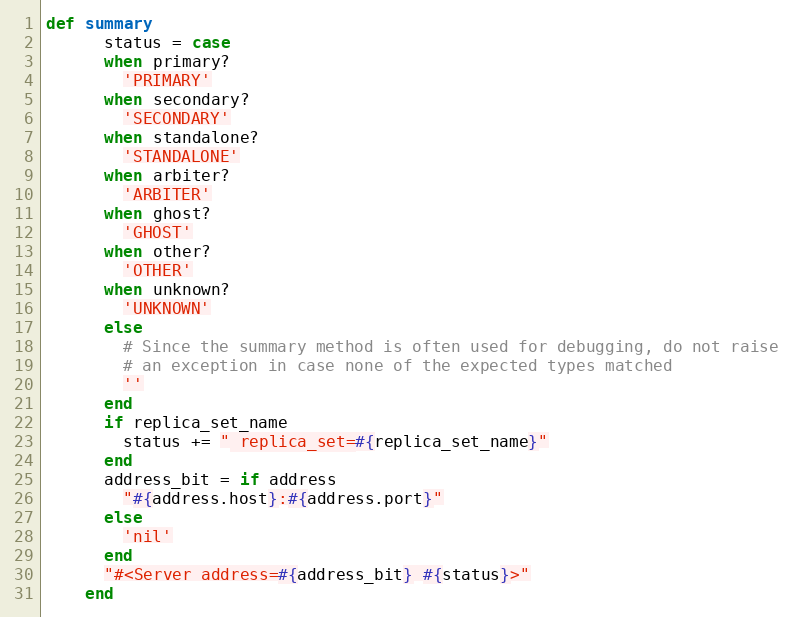
Language: Ruby
def summary
      status = case
      when primary?
        'PRIMARY'
      when secondary?
        'SECONDARY'
      when standalone?
        'STANDALONE'
      when arbiter?
        'ARBITER'
      when ghost?
        'GHOST'
      when other?
        'OTHER'
      when unknown?
        'UNKNOWN'
      else
        # Since the summary method is often used for debugging, do not raise
        # an exception in case none of the expected types matched
        ''
      end
      if replica_set_name
        status += " replica_set=#{replica_set_name}"
      end
      address_bit = if address
        "#{address.host}:#{address.port}"
      else
        'nil'
      end
      "#<Server address=#{address_bit} #{status}>"
    end